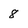
Character: 8